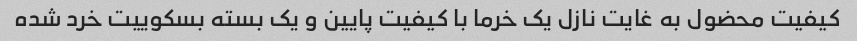
کیفیت محضول به غایت نازل یک خرما با کیفیت پایین و یک بسته بسکوییت خرد شده